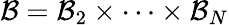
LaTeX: \mathcal{B}=\mathcal{B}_{2}\times\cdots\times\mathcal{B}_{N}